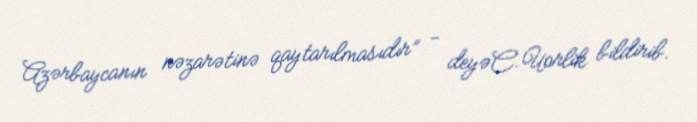
Azərbaycanın nəzarətinə qaytarılmasıdır” - deyəC.Uorlik bildirib.